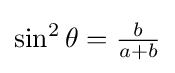
{\textstyle \sin ^{2}\theta ={\frac {b}{a+b}}}